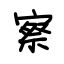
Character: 察